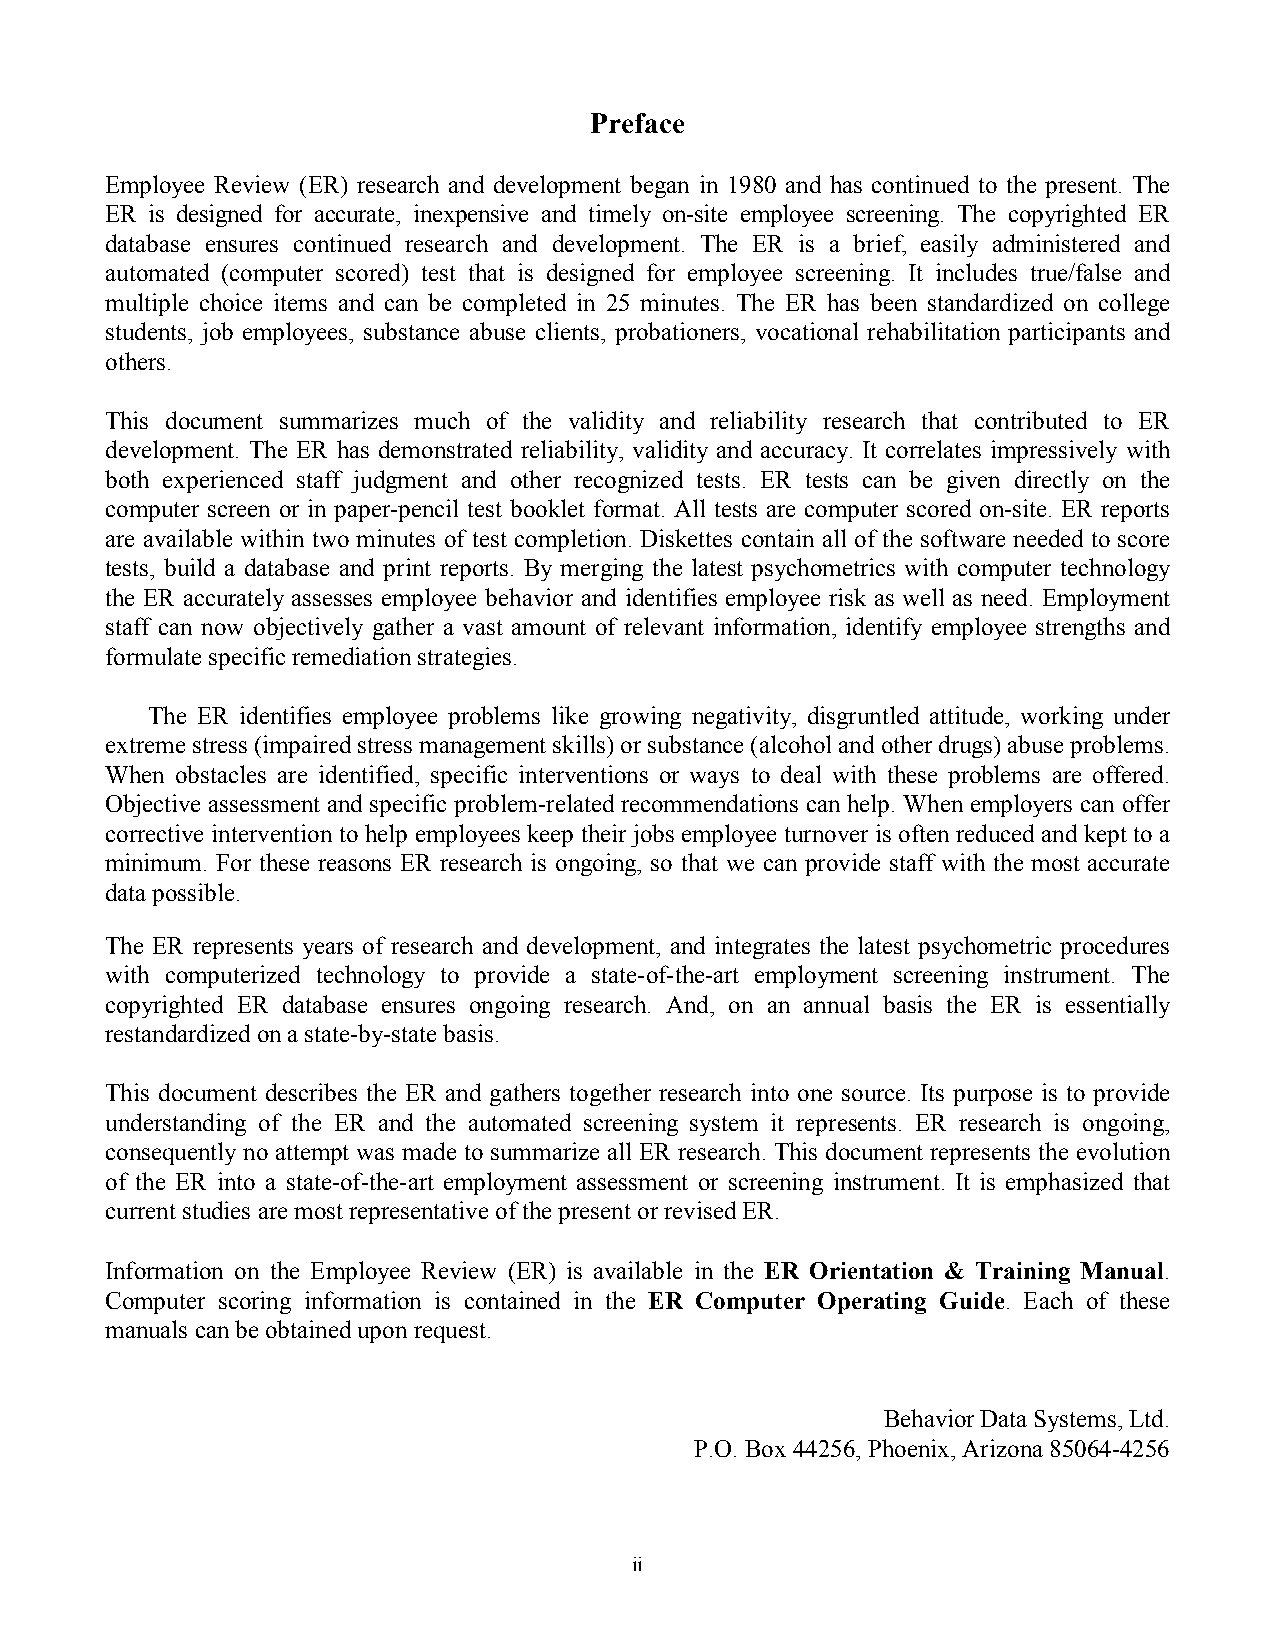
Preface
 Employee Review (ER) research and development began in 1980 and has continued to the present. The
 ER is designed for accurate, inexpensive and timely on-site employee screening. The copyrighted ER
 database ensures continued research and development. The ER is a brief, easily administered and
 automated (computer scored) test that is designed for employee screening. It includes true/false and
 multiple choice items and can be completed in 25 minutes. The ER has been standardized on college
 students, job employees, substance abuse clients, probationers, vocational rehabilitation participants and
 others.
 This document summarizes much of the validity and reliability research that contributed to ER
 development. The ER has demonstrated reliability, validity and accuracy. It correlates impressively with
 both experienced staff judgment and other recognized tests. ER tests can be given directly on the
 computer screen or in paper-pencil test booklet format. All tests are computer scored on-site. ER reports
 are available within two minutes of test completion. Diskettes contain all of the software needed to score
 tests, build a database and print reports. By merging the latest psychometrics with computer technology
 the ER accurately assesses employee behavior and identifies employee risk as well as need. Employment
 staff can now objectively gather a vast amount of relevant information, identify employee strengths and
 formulate specific remediation strategies.
 The ER identifies employee problems like growing negativity, disgruntled attitude, working under
 extreme stress (impaired stress management skills) or substance (alcohol and other drugs) abuse problems.
 When obstacles are identified, specific interventions or ways to deal with these problems are offered.
 Objective assessment and specific problem-related recommendations can help. When employers can offer
 corrective intervention to help employees keep their jobs employee turnover is often reduced and kept to a
 minimum. For these reasons ER research is ongoing, so that we can provide staff with the most accurate
 data possible.
 The ER represents years of research and development, and integrates the latest psychometric procedures
 with computerized technology to provide a state-of-the-art employment screening instrument. The
 copyrighted ER database ensures ongoing research. And, on an annual basis the ER is essentially
 restandardized on a state-by-state basis.
 This document describes the ER and gathers together research into one source. Its purpose is to provide
 understanding of the ER and the automated screening system it represents. ER research is ongoing,
 consequently no attempt was made to summarize all ER research. This document represents the evolution
 of the ER into a state-of-the-art employment assessment or screening instrument. It is emphasized that
 current studies are most representative of the present or revised ER.
 Information on the Employee Review (ER) is available in the ER Orientation & Training Manual.
 Computer scoring information is contained in the ER Computer Operating Guide. Each of these
 manuals can be obtained upon request.
 Behavior Data Systems, Ltd.
 P.O. Box 44256, Phoenix, Arizona 85064-4256
 ii